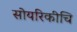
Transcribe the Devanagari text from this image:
सोयरिकीचि